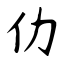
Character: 仂